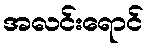
အလင်းရောင်